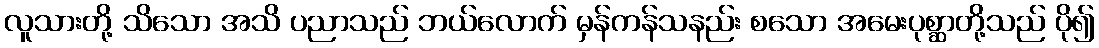
လူသားတို့ သိသော အသိ ပညာသည် ဘယ်လောက် မှန်ကန်သနည်း စသော အမေးပုစ္ဆာတို့သည် ပို၍